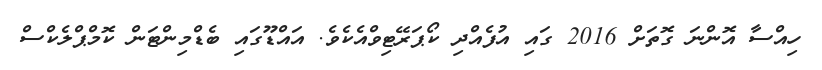
ހިއްސާ އޮންނަ ގޮތަށް 2016 ގައި އުފެއްދި ކޯޕަރޭޓިވްއެކެވެ. އައްޑޫގައި ބެޑްމިންޓަން ކޮމްޕްލެކްސް